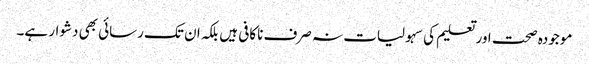
موجودہ صحت اور تعلیم کی سہولیات نہ صرف ناکافی ہیں بلکہ ان تک رسائی بھی دشوار ہے۔